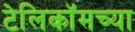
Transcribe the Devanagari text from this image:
टेलिकॉमच्या